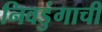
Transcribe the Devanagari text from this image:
निवडुंगाची